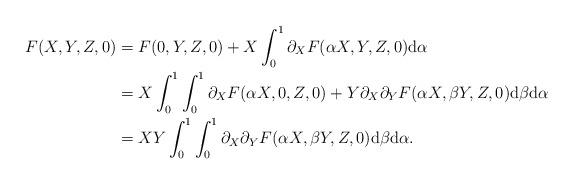
LaTeX: \begin{align*}F(X,Y,Z,0) &= F(0,Y,Z,0) + X \int_{0}^1 \partial_X F(\alpha X,Y,Z,0) {\rm d \alpha} \\&= X \int_{0}^1 \int_{0}^1 \partial_X F(\alpha X,0,Z,0) + Y \partial_X \partial_Y F(\alpha X,\beta Y,Z,0) {\rm d \beta} {\rm d \alpha} \\&= XY\int_{0}^1 \int_{0}^1 \partial_X \partial_Y F(\alpha X,\beta Y,Z,0) {\rm d \beta} {\rm d \alpha} .\end{align*}